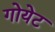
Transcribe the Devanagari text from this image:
गोयेट